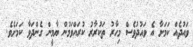
ވައުދެއް ކަމަށާ އެ ވައުދުވެސް މިހާރު ތަކުރާރު ކުރައްވަމުން ޔާމީން ގެންދަވާ ކަމަށެވެ.